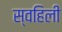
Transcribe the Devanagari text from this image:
स्वहिली